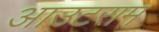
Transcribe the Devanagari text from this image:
आउटराम